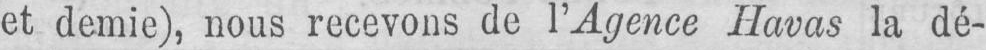
et demie), nous recevons de l’Agence Havas la dé-